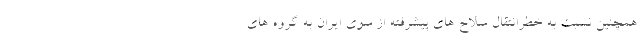
همچنین نسبت به خطرانتقال سلاح های پیشرفته از سوی ایران به گروه های